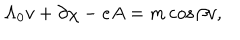
\Lambda _ { 0 } v + \partial \chi - e A = m \cos { \beta } v ,